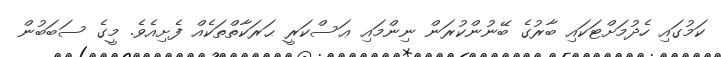
ކަމުގައި ހެދުމަށްޓަކައި ބާރުގެ ބޭނުންކުރަން ނިންމައި ޢަސްކަރީ ޙަރަކާތްތަކެއް ފެށިއެވެ. މީގެ ސަބަބުން